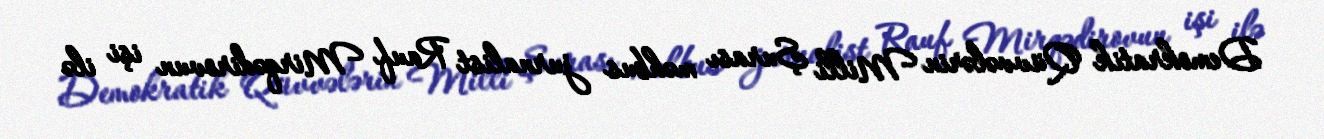
Demokratik Qüvvələrin Milli Şurası məhbus jurnalist Rauf Mirqədirovun işi ilə